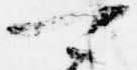
可